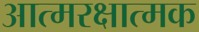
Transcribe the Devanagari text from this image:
आत्मरक्षात्मक